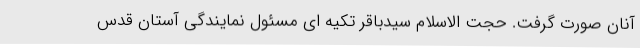
آنان صورت گرفت. حجت الاسلام سیدباقر تکیه ای مسئول نمایندگی آستان قدس